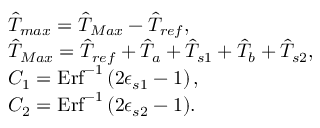
\begin{array} { r l } & { \hat { T } _ { m a x } = \hat { T } _ { M a x } - \hat { T } _ { r e f } , } \\ & { \hat { T } _ { M a x } = \hat { T } _ { r e f } + \hat { T } _ { a } + \hat { T } _ { s 1 } + \hat { T } _ { b } + \hat { T } _ { s 2 } , } \\ & { { C _ { 1 } = \mathrm { E r f } ^ { - 1 } \left( 2 \epsilon _ { s 1 } - 1 \right) , } } \\ & { { C _ { 2 } = \mathrm { E r f } ^ { - 1 } \left( 2 \epsilon _ { s 2 } - 1 \right) } . } \end{array}